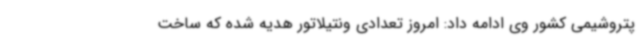
پتروشیمی کشور وی ادامه داد: امروز تعدادی ونتیلاتور هدیه شده که ساخت